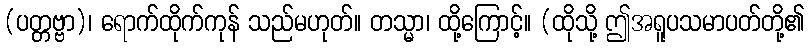
(ပတ္တဗ္ဗာ)၊ ရောက်ထိုက်ကုန် သည်မဟုတ်။ တသ္မာ၊ ထို့ကြောင့်။ (ထိုသို့ ဤအရူပသမာပတ်တို့၏